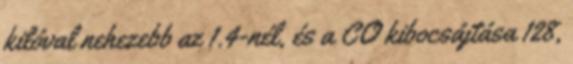
kilóval nehezebb az 1.4-nél, és a CO kibocsájtása 128,